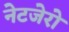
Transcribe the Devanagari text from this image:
नेटजेरो